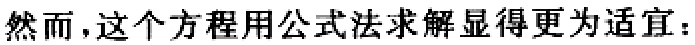
然而，这个方程用公式法求解显得更为适宜：